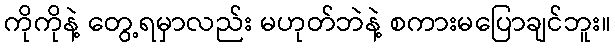
ကိုကိုနဲ့ တွေ့ရမှာလည်း မဟုတ်ဘဲနဲ့ စကားမပြောချင်ဘူး။